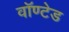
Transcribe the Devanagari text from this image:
वॉण्टेड